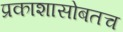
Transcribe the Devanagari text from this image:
प्रकाशासोबतच